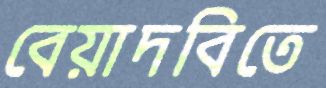
বেয়াদবিতে